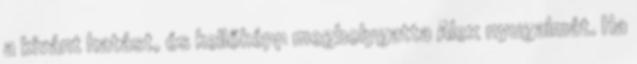
a kívánt hatást, és kellőképp megbolygatta Alex nyugalmát. Ha